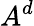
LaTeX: A^{d}